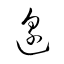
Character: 邉